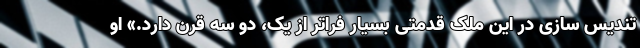
تندیس سازی در این ملک قدمتی بسیار فراتر از یک، دو سه قرن دارد.» او